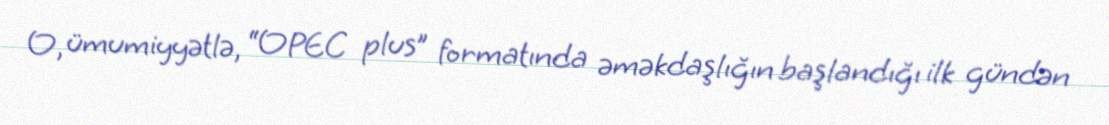
O, ümumiyyətlə, “OPEC plus” formatında əməkdaşlığın başlandığı ilk gündən